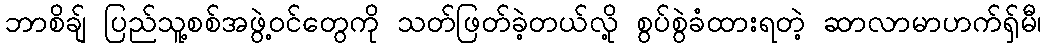
ဘာစိချ် ပြည်သူ့စစ်အဖွဲ့ဝင်တွေကို သတ်ဖြတ်ခဲ့တယ်လို့ စွပ်စွဲခံထားရတဲ့ ဆာလာမာဟက်ရှ်မီ၊